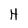
Character: H